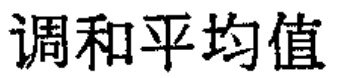
调和平均值